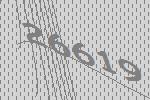
26619